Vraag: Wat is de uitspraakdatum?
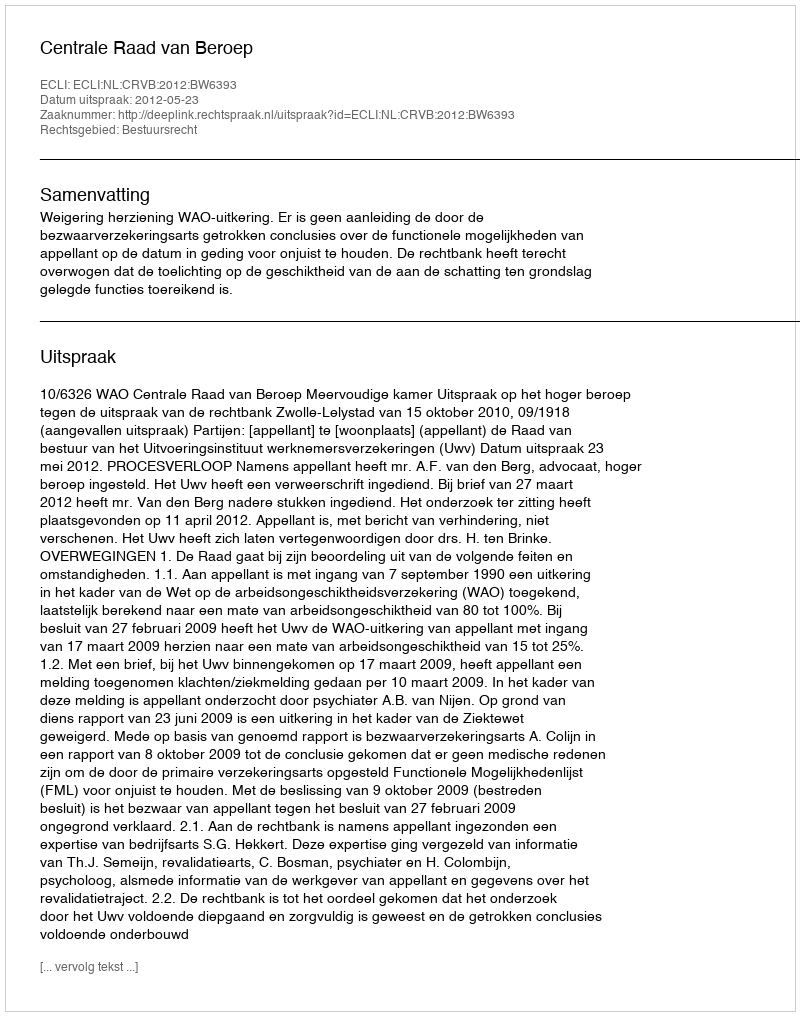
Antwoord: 2012-05-23